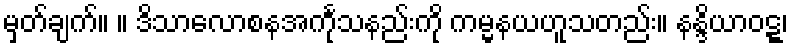
မှတ်ချက်။ ။ ဒိသာလောစနအင်္ကုသနည်းကို ကမ္မနယဟူသတည်း။ နန္ဒိယာဝဋ္ဋ၊